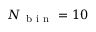
N _ { \mathrm { ~ b ~ i ~ n ~ } } = 1 0